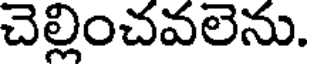
చెల్లించవలెను.